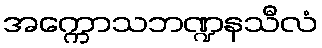
အက္ကောသဘဏ္ဍနသီလံ